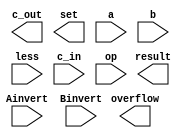
module ALU_1bit(result, c_out, set, overflow, a, b, less, Ainvert, Binvert, c_in, op);
input        a;
input        b;
input        less;
input        Ainvert;
input        Binvert;
input        c_in;
input  [1:0] op;
output       result;
output       c_out;
output       set;                 
output       overflow;      

/*
	Write Your Design Here ~
*/

endmodule